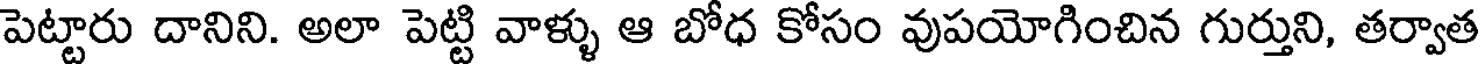
పెట్టారు దానిని. అలా పెట్టి వాళ్ళు ఆ బోధ కోసం వుపయోగించిన గుర్తుని, తర్వాత